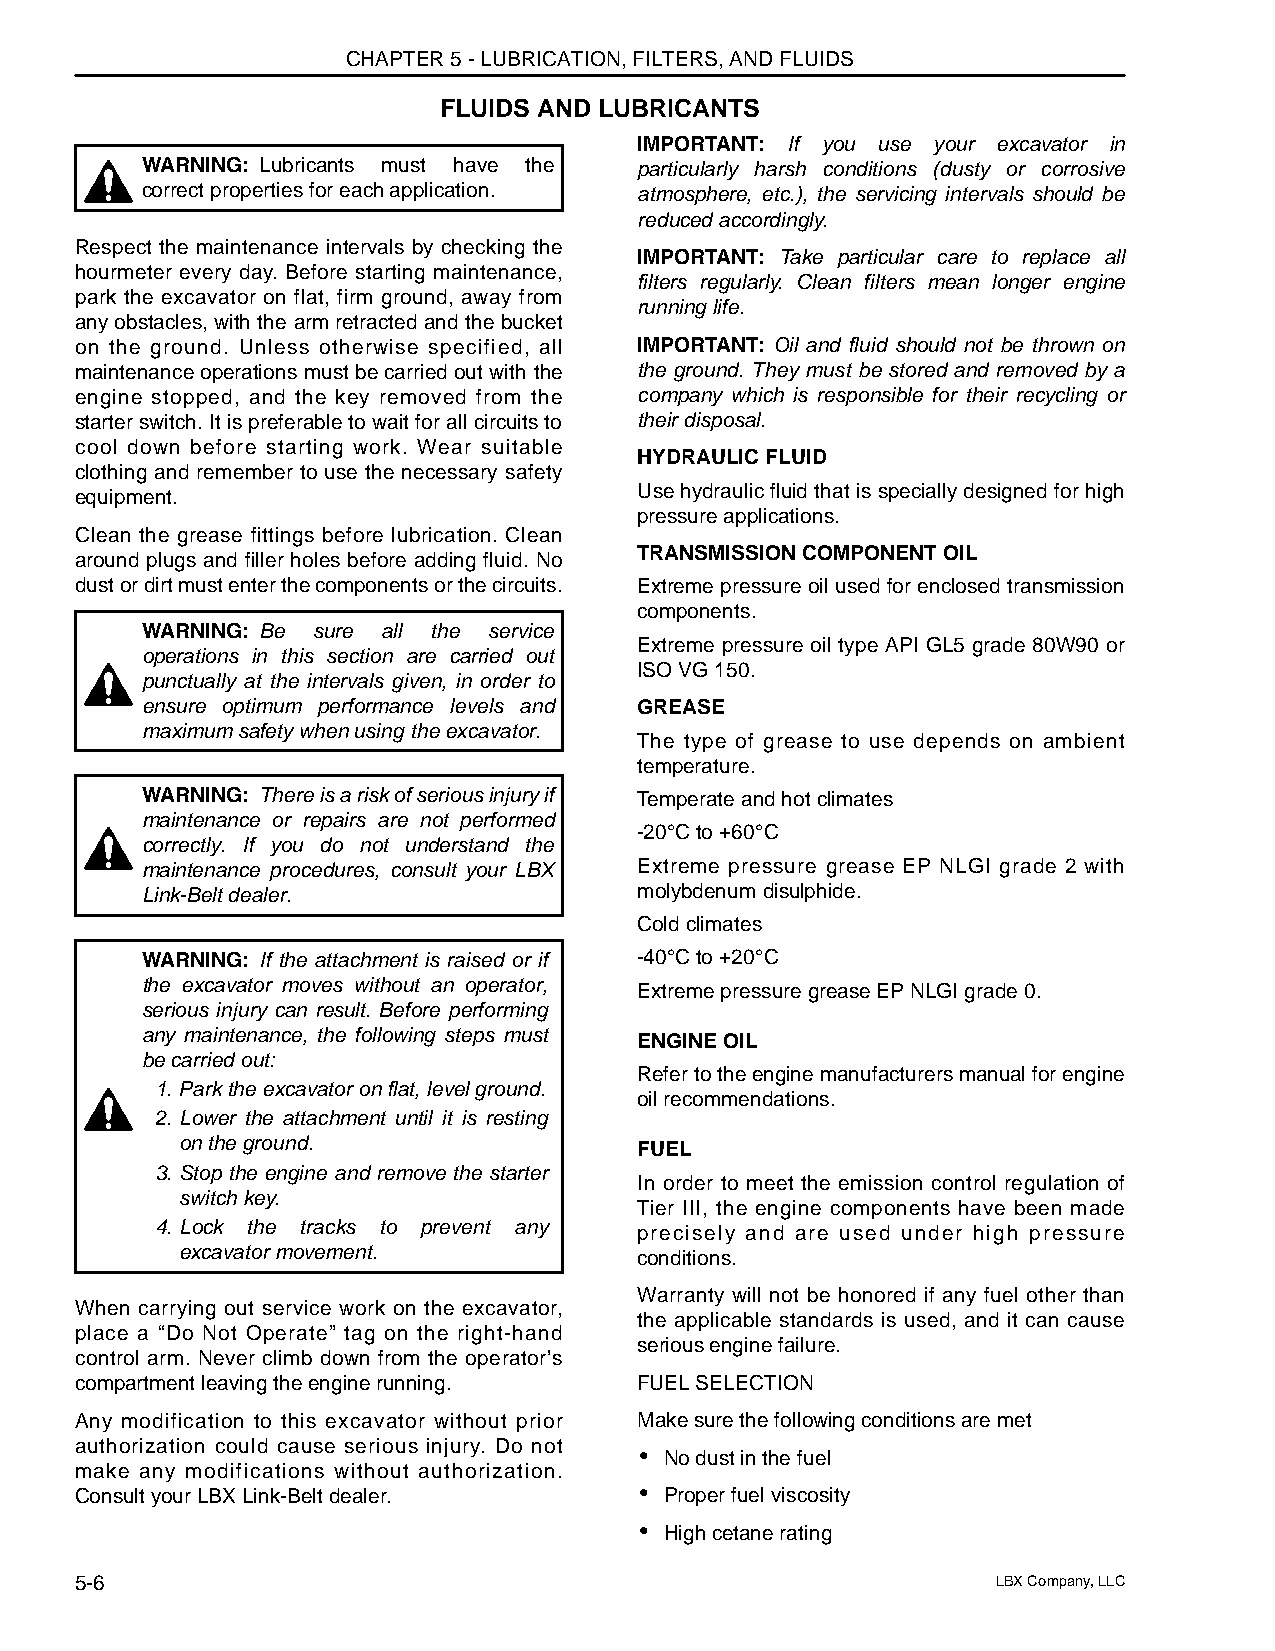
CHAPTER 5 - LUBRICATION, FILTERS, AND FLUIDS
 FLUIDS AND LUBRICANTS
 IMPORTANT: If you use your excavator in
 WARNING: Lubricants must have the particularly harsh conditions (dusty or corrosive
 correct properties for each application. atmosphere, etc.), the servicing intervals should be
 reduced accordingly.
 Respect the maintenance intervals by checking the
 IMPORTANT: Take particular care to replace all
 hourmeter every day. Before starting maintenance,
 filters regularly. Clean filters mean longer engine
 park the excavator on flat, firm ground, away from
 running life.
 any obstacles, with the arm retracted and the bucket
 on the ground. Unless otherwise specified, all IMPORTANT: Oil and fluid should not be thrown on
 maintenance operations must be carried out with the the ground. They must be stored and removed by a
 engine stopped, and the key removed from the company which is responsible for their recycling or
 starter switch. It is preferable to wait for all circuits to their disposal.
 cool down before starting work. Wear suitable
 HYDRAULIC FLUID
 clothing and remember to use the necessary safety
 Use hydraulic fluid that is specially designed for high
 equipment.
 pressure applications.
 Clean the grease fittings before lubrication. Clean
 TRANSMISSION COMPONENT OIL
 around plugs and filler holes before adding fluid. No
 dust or dirt must enter the components or the circuits. Extreme pressure oil used for enclosed transmission
 components.
 WARNING: Be sure all the service
 Extreme pressure oil type API GL5 grade 80W90 or
 operations in this section are carried out
 ISO VG 150.
 punctually at the intervals given, in order to
 ensure optimum performance levels and GREASE
 maximum safety when using the excavator.
 The type of grease to use depends on ambient
 temperature.
 WARNING: There is a risk of serious injury if Temperate and hot climates
 maintenance or repairs are not performed
 -20°C to +60°C
 correctly. If you do not understand the
 maintenance procedures, consult your LBX Extreme pressure grease EP NLGI grade 2 with
 Link-Belt dealer.                molybdenum disulphide.
 Cold climates
 WARNING: If the attachment is raised or if -40°C to +20°C
 the excavator moves without an operator, Extreme pressure grease EP NLGI grade 0.
 serious injury can result. Before performing
 any maintenance, the following steps must ENGINE OIL
 be carried out:
 Refer to the engine manufacturers manual for engine
 1. Park the excavator on flat, level ground.
 oil recommendations.
 2. Lower the attachment until it is resting
 on the ground.                FUEL
 3. Stop the engine and remove the starter
 In order to meet the emission control regulation of
 switch key.
 Tier III, the engine components have been made
 4. Lock the tracks to prevent any precisely and are used under high pressure
 excavator movement.           conditions.
 Warranty will not be honored if any fuel other than
 When carrying out service work on the excavator,
 the applicable standards is used, and it can cause
 place a “Do Not Operate” tag on the right-hand
 serious engine failure.
 control arm. Never climb down from the operator’s
 compartment leaving the engine running. FUEL SELECTION
 Any modification to this excavator without prior Make sure the following conditions are met
 authorization could cause serious injury. Do not
 • No dust in the fuel
 make any modifications without authorization.
 Consult your LBX Link-Belt dealer.   • Proper fuel viscosity
 • High cetane rating
 5-6                                                          LBX Company, LLC